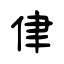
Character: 侓